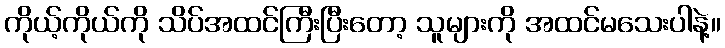
ကိုယ့်ကိုယ်ကို သိပ်အထင်ကြီးပြီးတော့ သူများကို အထင်မသေးပါနဲ့။